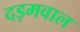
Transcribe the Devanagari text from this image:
दड़मवाल